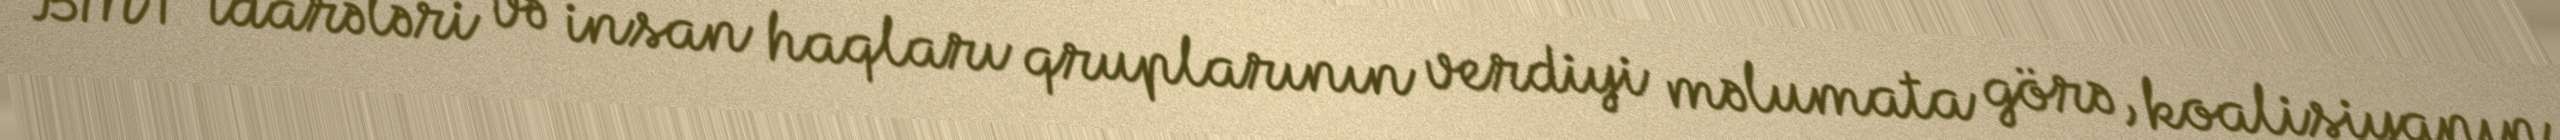
BMT idarələri və insan haqları qruplarının verdiyi məlumata görə, koalisiyanın